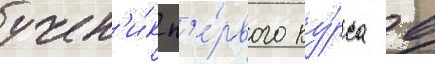
учен'и́к п'е́рвого ку́рса в